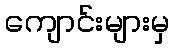
ကျောင်းများမှ